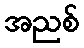
အညစ်